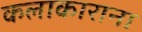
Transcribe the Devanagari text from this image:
कलाकाराना